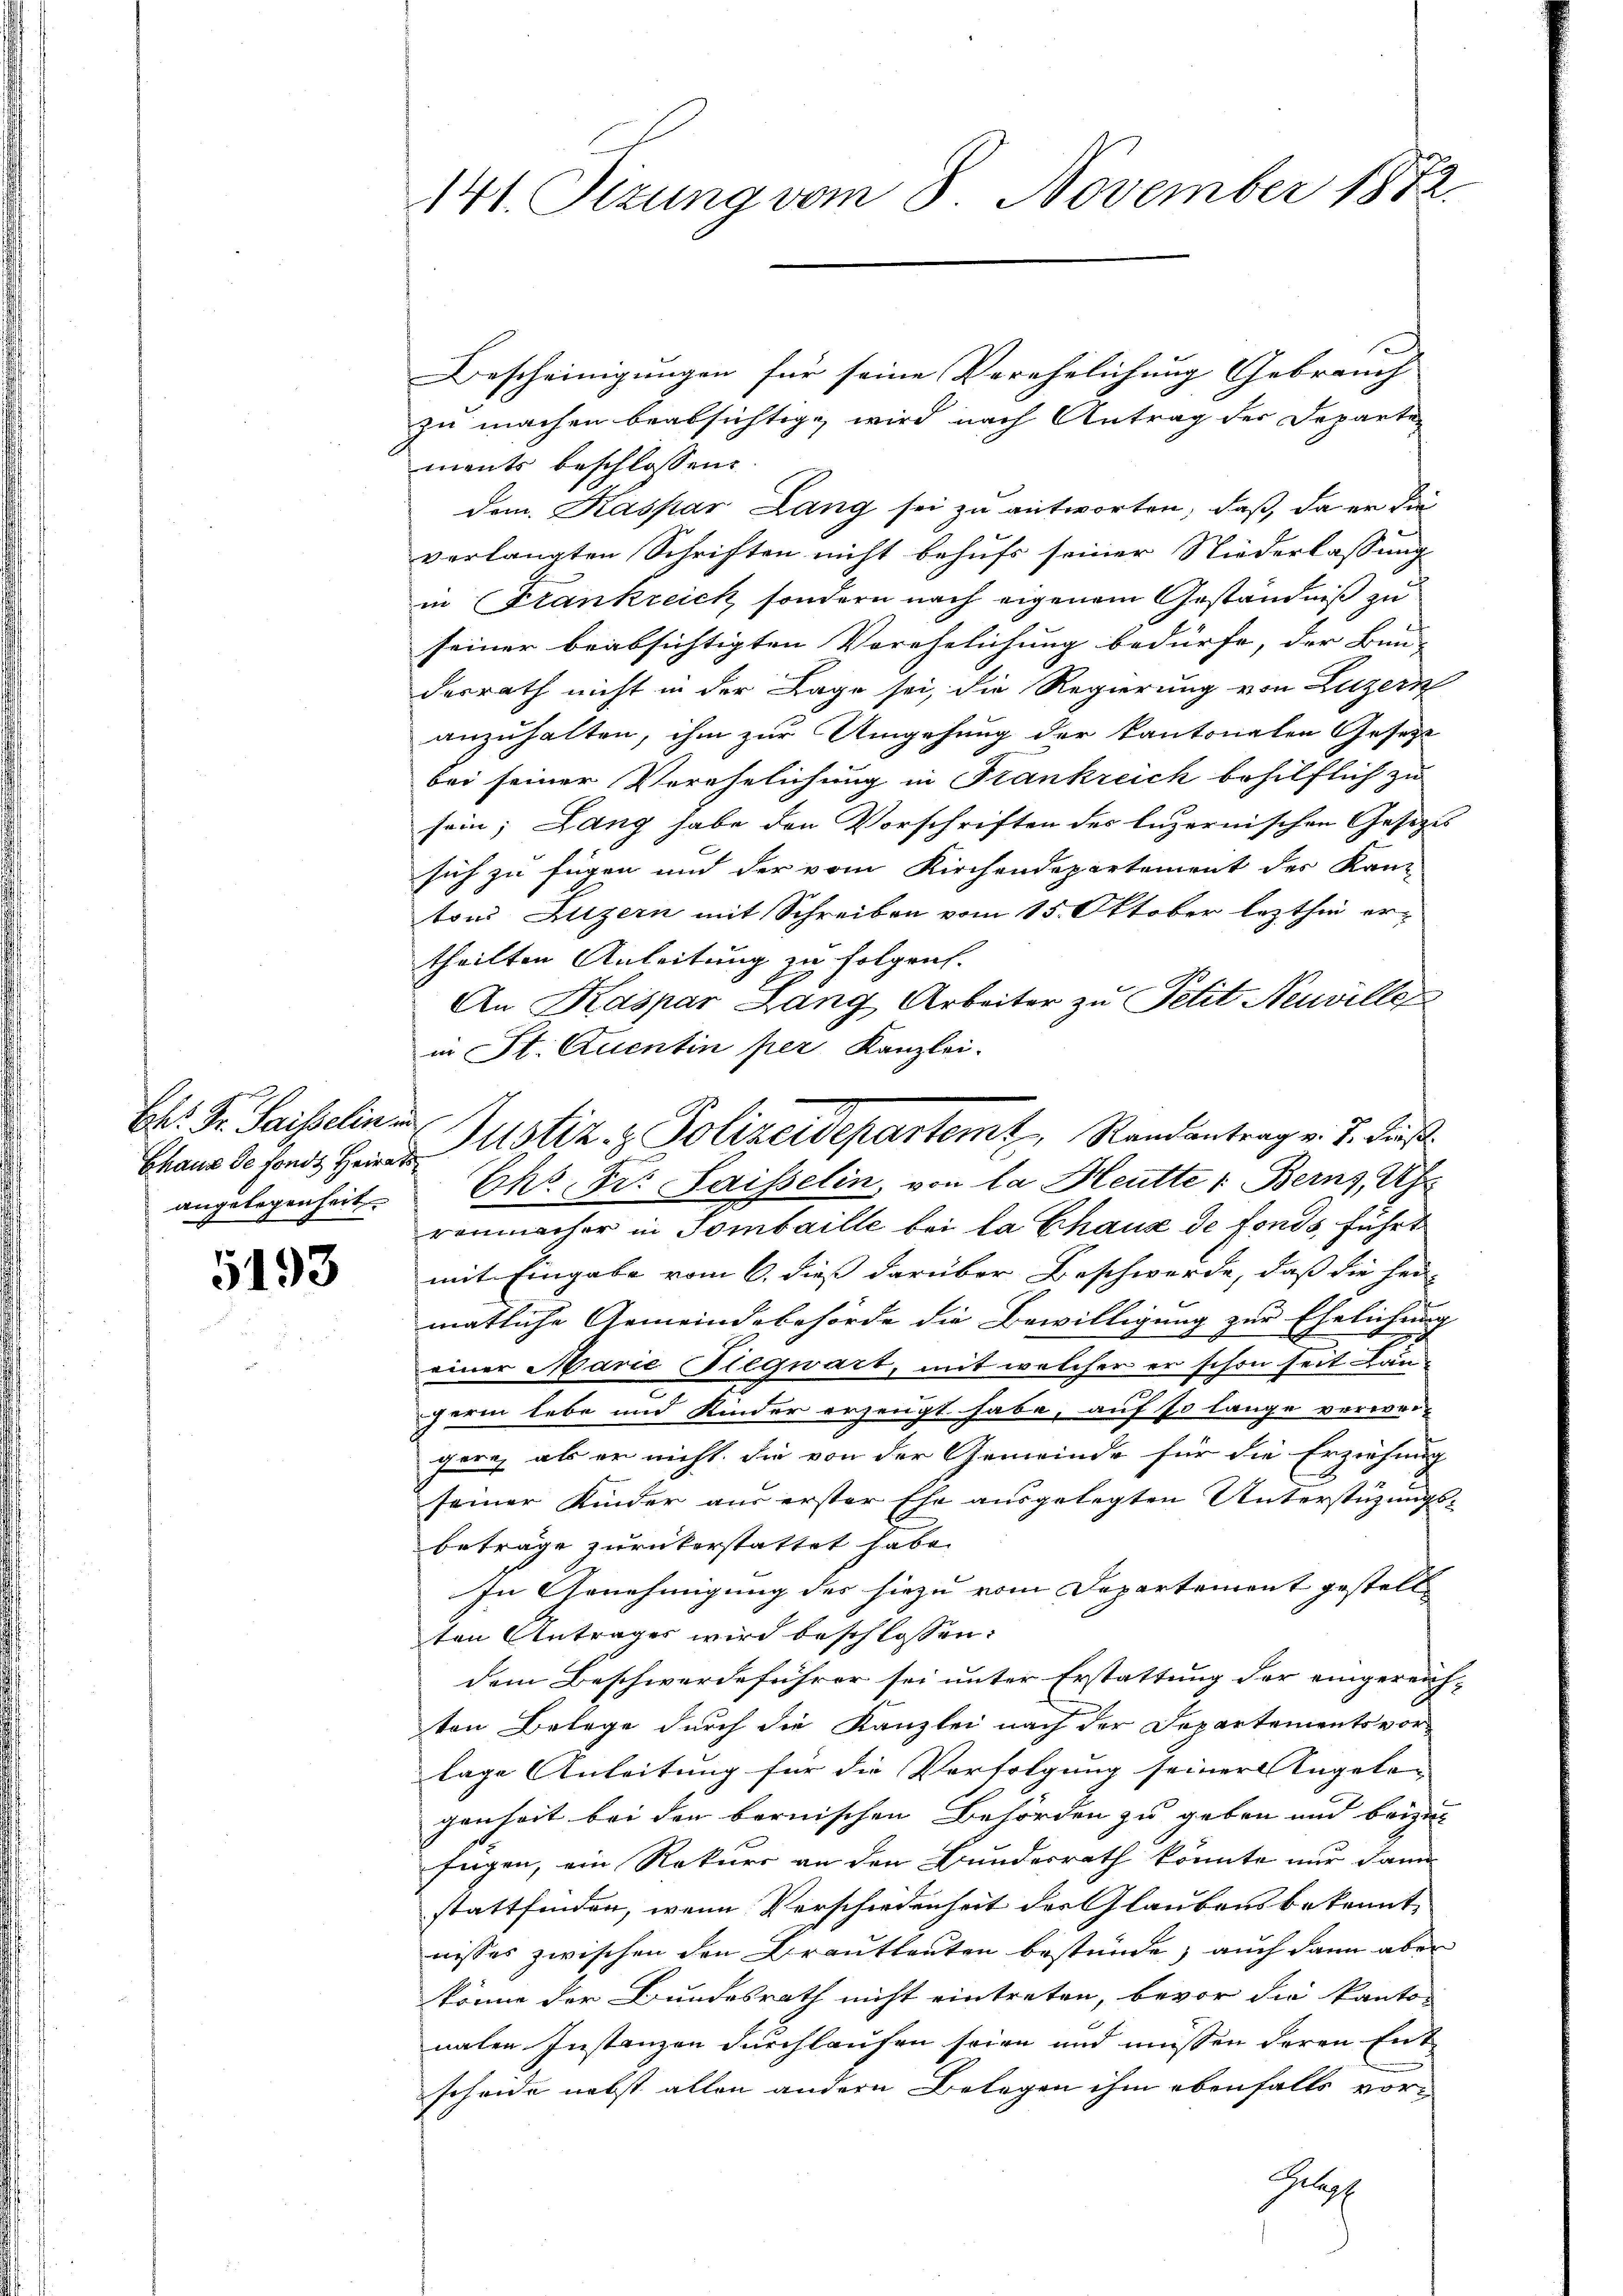
Ehr. Fr. Saisselin in
angelegenheit.

5193

Bescheinigungen für seine Verehelichung Gebrauch
zu machen beabsichtig, wird nach Antrag der Departen
ments beschlossen:
dem. Kaspar Lang sei zu antworten, daß, da er die
verlangten Schriften nicht behufs seiner Niederlassung
in Stankreich, sondern nach eigenem Geständniß zu
seiner beabsichtigten Verehelichung bedürfe, der Bun-
derrath nicht in der Lage sei, die Regierung von Luzern
anzuhalten, ihm zur Umgehung der kantonalen Gesetze
bei seiner Verehelichung in Stankreich behilflich zu
sein; Lang habe den Vorschriften des Luzernischen Gesetzes
sich zu fügen und der vom Kirchendepartement des Kan-
tons Luzern mit Schreiben vom 15. Oktober lezthin ertheilten Anleitung zu folgen.
An Kaspar Lang Arbeiter zu Petit Neuviller
in St. Quentin per Kanzlei.
Ehs. Dr. Saisselin, von la Heutter Berns, U
renmacher in Sombaille bei la Chaus de fonds, führt
mit Eingabe vom 6. dieß darüber Beschwerde, daß die her-
matliche Gemeindsbehörde die Bewilligung zur Ehelichung
einer Marie Plegwart, mit welcher er schon seit Land
gerin lebe und Kinder erzeugt habe, auf so lange verwei-
gern als er nicht, die von der Gemeinde für die Erziehung
seiner Kinder aus erster Ehe ausgelegten Unterstützungsbeträge zurückerstattet habe.
In Genehmigung des hiezu vom Departement gestellt
ten Antrages wird beschlossen:
dem Beschwerdeführer sei unter Erstattung der eingereichten Belege durch die Kanzlei nach der Departementsvor-
lage Anleitung für die Verfolgung seiner Angelan
genheit bei der bernischen Behörden zu geben und beizu- |
fügen, ein Rekurs an den Bundesrath könnte nur dann
stattfinden, wenn Verschiedenheit der Glaubensbekannt,
nisses zwischen den Brautleuten bestende, auch dann aber
könne der Bundesrath nicht eintreten, bevor die kanton
nalen Instanzen durchlaufen seien und müssen deren Entscheide nebst allen andern Belegen ihm ebenfalls vor-
Glopf

141. Sizung vom 8 November 1872.

Chaus de fond. Heide Ustiz & Polizeidepartemt, Randantrag v. J. Fuß